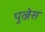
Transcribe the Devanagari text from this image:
पुल्नेस